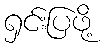
ရှင်းပြဖို့